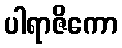
ပါရာဇိကော